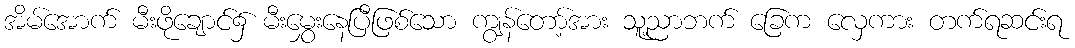
အိမ်အောက် မီးဖိုချောင်၌ မီးမွှေးနေပြီဖြစ်သော ကျွန်တော့်အား သူ့ညာဘက် ခြေက လှေကား တက်ရဆင်းရ